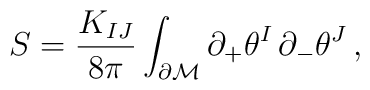
S =\frac{K_{IJ}}{8\pi}\int_{\partial\cal M}\partial_+\theta^I\,\partial_{-}\theta^J\, ,